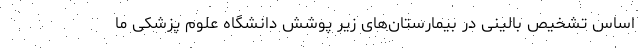
اساس تشخیص بالینی در بیمارستان‌های زیر پوشش دانشگاه علوم پزشکی ما